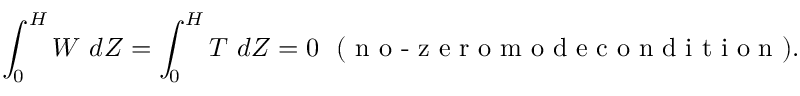
\int _ { 0 } ^ { H } W \ d Z = \int _ { 0 } ^ { H } T \ d Z = 0 \ \ ( \textrm { n o - z e r o m o d e c o n d i t i o n } ) .